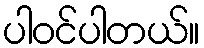
ပါဝင်ပါတယ်။